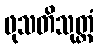
ဖုသတိသုတ္တံ